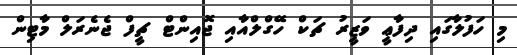
މި ހަފުލާގައި ދިފާޢީ ވަޒީރު ޗަކް ހޭގްލްއާއި ޖޮއިންޓް ޗީފް ޖެނެރަލް މާޓިން